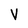
Character: V